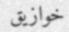
خوازيق